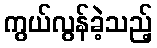
ကွယ်လွန်ခဲ့သည့်